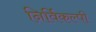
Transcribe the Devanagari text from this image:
निर्विकल्पी